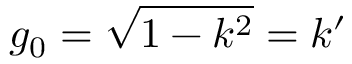
g _ { 0 } = { \sqrt { 1 - k ^ { 2 } } } = k ^ { \prime }